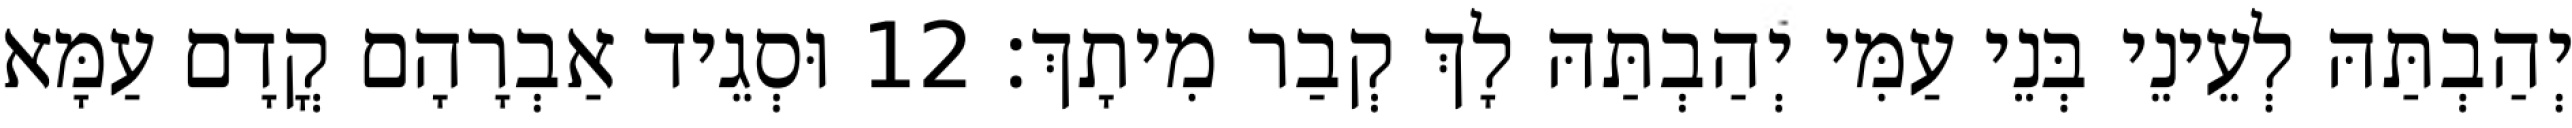
יְהַבְתַּהּ לְעֵינֵי בְּנֵי עַמִּי יְהַבְתַּהּ לָךְ קְבַר מִיתָךְ׃ 12 וּסְגֵיד אַבְרָהָם קֳדָם עַמָּא